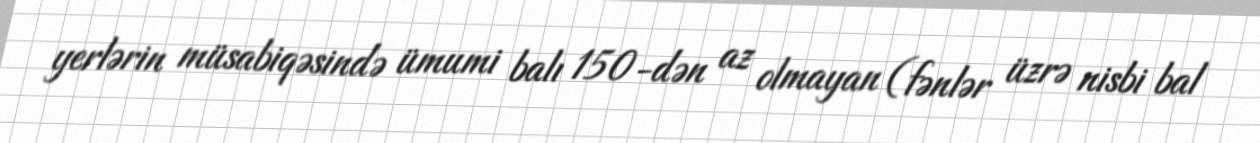
yerlərin müsabiqəsində ümumi balı 150-dən az olmayan (fənlər üzrə nisbi bal